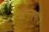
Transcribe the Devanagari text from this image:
क्षमताऑ